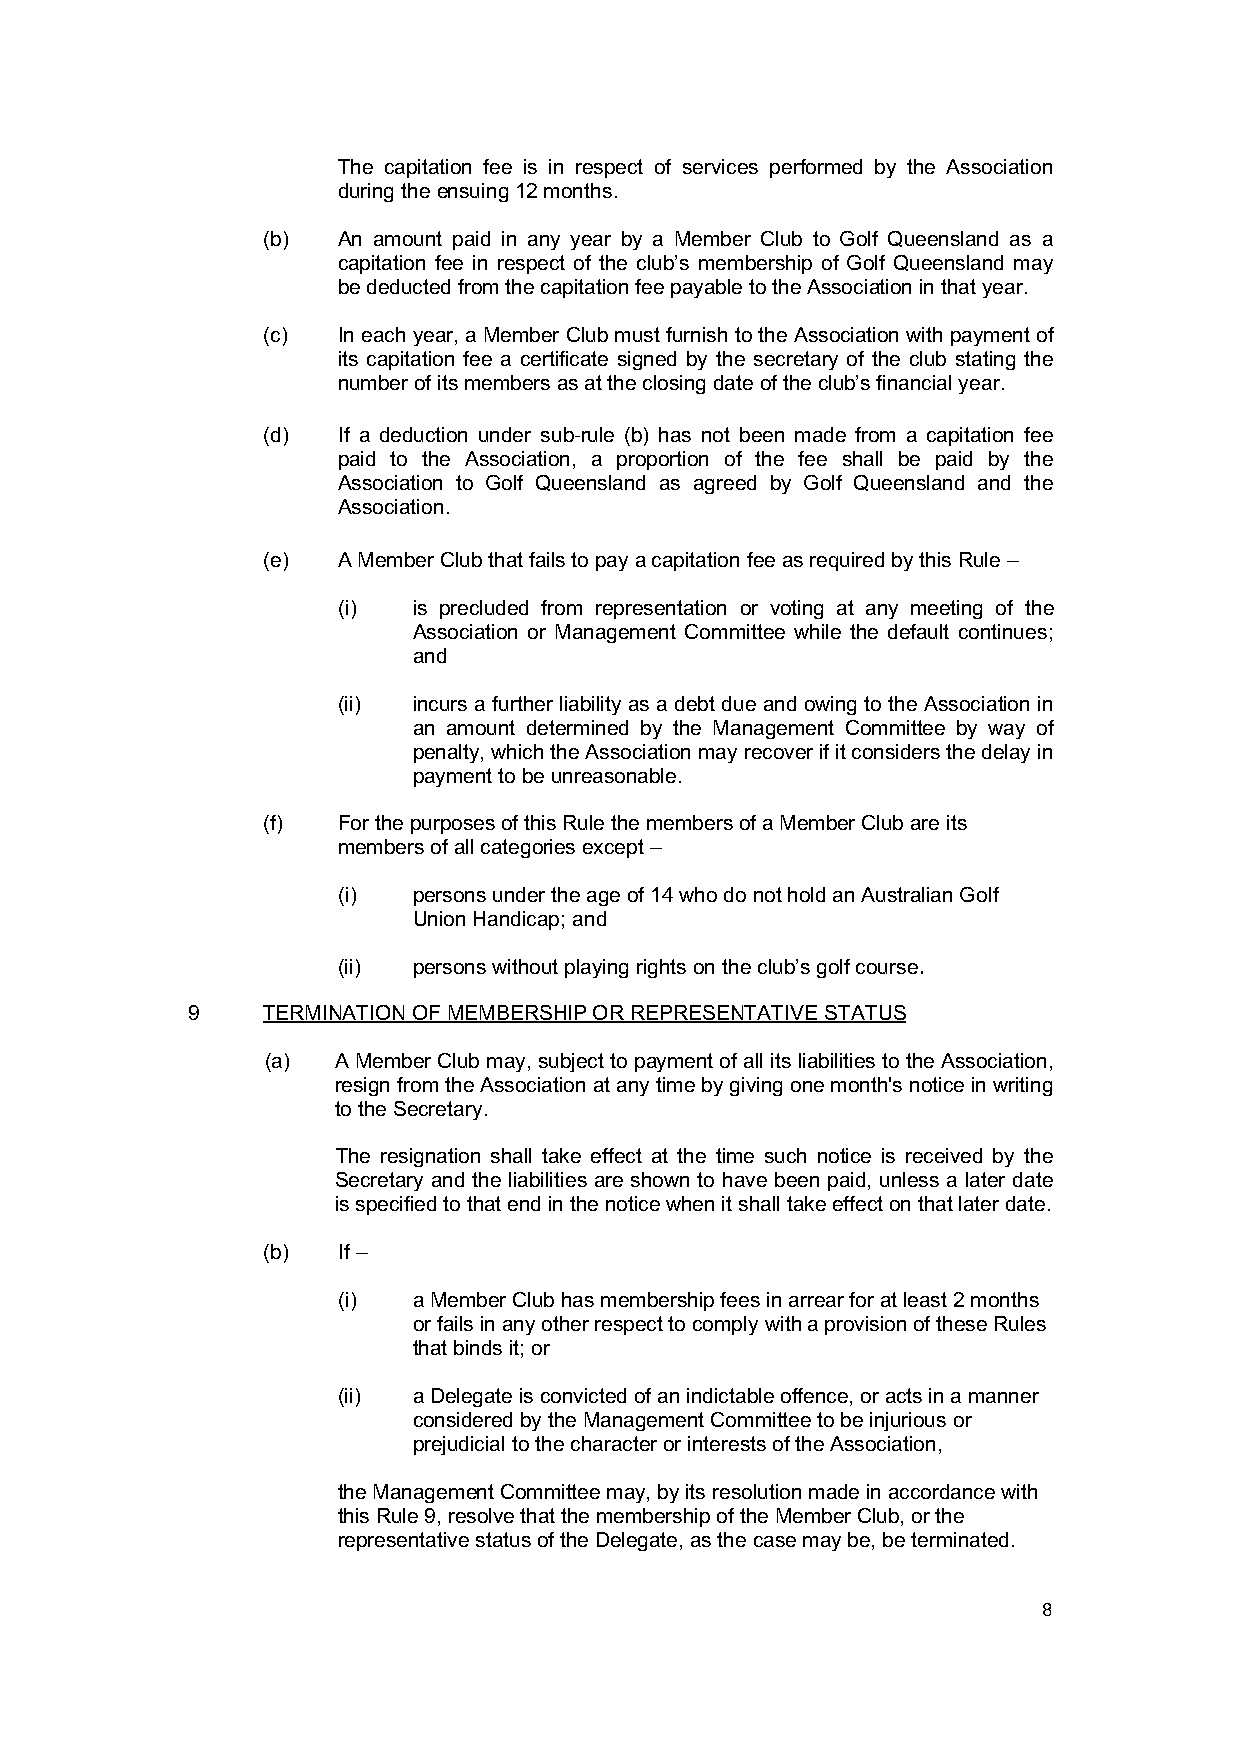
The capitation fee is in respect of services performed by the Association
 during the ensuing 12 months.
 (b)  An amount paid in any year by a Member Club to Golf Queensland as a
 capitation fee in respect of the club’s membership of Golf Queensland may
 be deducted from the capitation fee payable to the Association in that year.
 (c)  In each year, a Member Club must furnish to the Association with payment of
 its capitation fee a certificate signed by the secretary of the club stating the
 number of its members as at the closing date of the club’s financial year.
 (d)  If a deduction under sub-rule (b) has not been made from a capitation fee
 paid to the Association, a proportion of the fee shall be paid by the
 Association to Golf Queensland as agreed by Golf Queensland and the
 Association.
 (e)  A Member Club that fails to pay a capitation fee as required by this Rule –
 (i)  is precluded from representation or voting at any meeting of the
 Association or Management Committee while the default continues;
 and
 (ii) incurs a further liability as a debt due and owing to the Association in
 an amount determined by the Management Committee by way of
 penalty, which the Association may recover if it considers the delay in
 payment to be unreasonable.
 (f)  For the purposes of this Rule the members of a Member Club are its
 members of all categories except –
 (i)  persons under the age of 14 who do not hold an Australian Golf
 Union Handicap; and
 (ii) persons without playing rights on the club’s golf course.
 9    TERMINATION OF MEMBERSHIP OR REPRESENTATIVE STATUS
 (a) A Member Club may, subject to payment of all its liabilities to the Association,
 resign from the Association at any time by giving one month's notice in writing
 to the Secretary.
 The resignation shall take effect at the time such notice is received by the
 Secretary and the liabilities are shown to have been paid, unless a later date
 is specified to that end in the notice when it shall take effect on that later date.
 (b)  If –
 (i)  a Member Club has membership fees in arrear for at least 2 months
 or fails in any other respect to comply with a provision of these Rules
 that binds it; or
 (ii) a Delegate is convicted of an indictable offence, or acts in a manner
 considered by the Management Committee to be injurious or
 prejudicial to the character or interests of the Association,
 the Management Committee may, by its resolution made in accordance with
 this Rule 9, resolve that the membership of the Member Club, or the
 representative status of the Delegate, as the case may be, be terminated.
 8